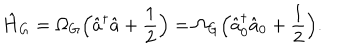
\hat { H } _ { G } = \Omega _ { G } \Bigl ( \hat { a } ^ { \dagger } \hat { a } + \frac { 1 } { 2 } \Bigr ) = \Omega _ { G } \Bigl ( \hat { a } _ { 0 } ^ { \dagger } \hat { a } _ { 0 } + \frac { 1 } { 2 } \Bigr ) .